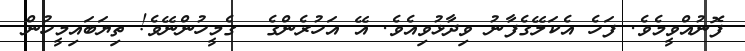
ފޮނުއްވީމެވެ. ފަހެ އެކަލޭގެފާނު ވިދާޅުވިއެވެ. އޭ އަހުރެންގެ  ގެމީހުންނޭވެ! ތިޔަބައިމީހުން